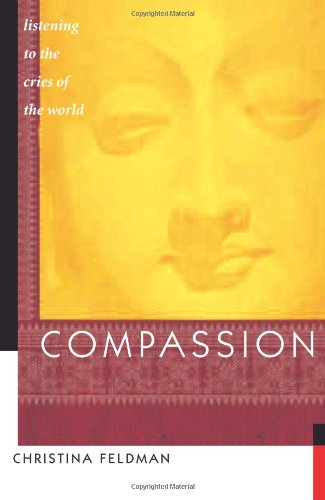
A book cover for Compassion: Listening to the Cries of the World; Christina Feldman; Religion & Spirituality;